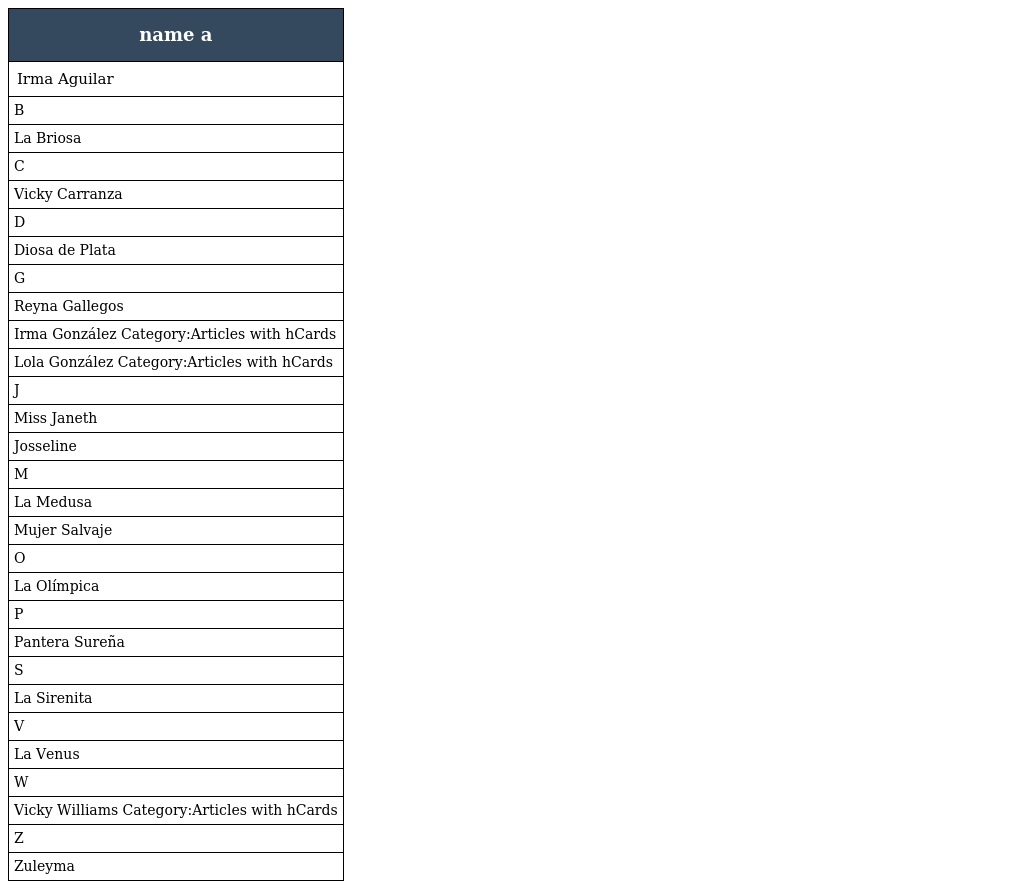
| name a |
 | --- |
 | Irma Aguilar |
 | B |
 | La Briosa |
 | C |
 | Vicky Carranza |
 | D |
 | Diosa de Plata |
 | G |
 | Reyna Gallegos |
 | Irma González Category:Articles with hCards |
 | Lola González Category:Articles with hCards |
 | J |
 | Miss Janeth |
 | Josseline |
 | M |
 | La Medusa |
 | Mujer Salvaje |
 | O |
 | La Olímpica |
 | P |
 | Pantera Sureña |
 | S |
 | La Sirenita |
 | V |
 | La Venus |
 | W |
 | Vicky Williams Category:Articles with hCards |
 | Z |
 | Zuleyma |